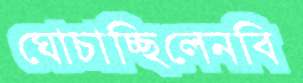
ঘোচাচ্ছিলেনবি